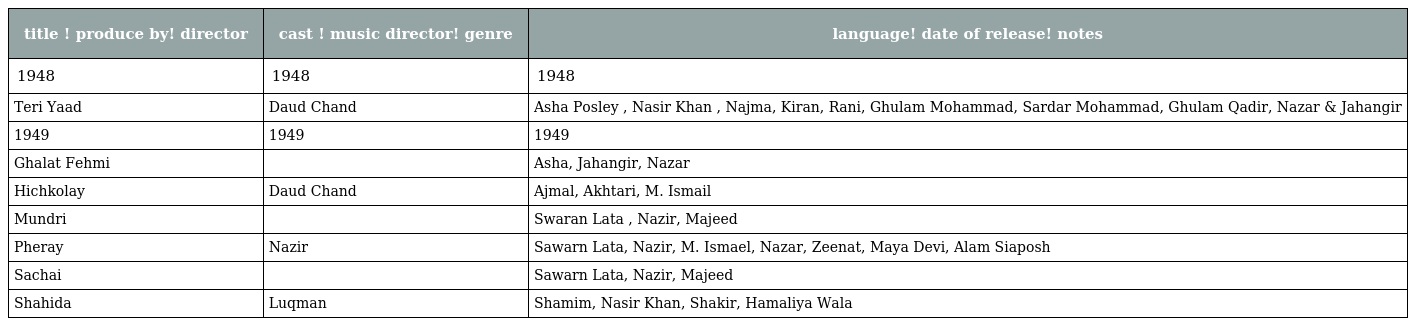
| title ! produce by! director | cast ! music director! genre | language! date of release! notes |
 | --- | --- | --- |
 | 1948 | 1948 | 1948 |
 | Teri Yaad | Daud Chand | Asha Posley , Nasir Khan , Najma, Kiran, Rani, Ghulam Mohammad, Sardar Mohammad, Ghulam Qadir, Nazar & Jahangir |
 | 1949 | 1949 | 1949 |
 | Ghalat Fehmi |  | Asha, Jahangir, Nazar |
 | Hichkolay | Daud Chand | Ajmal, Akhtari, M. Ismail |
 | Mundri |  | Swaran Lata , Nazir, Majeed |
 | Pheray | Nazir | Sawarn Lata, Nazir, M. Ismael, Nazar, Zeenat, Maya Devi, Alam Siaposh |
 | Sachai |  | Sawarn Lata, Nazir, Majeed |
 | Shahida | Luqman | Shamim, Nasir Khan, Shakir, Hamaliya Wala |